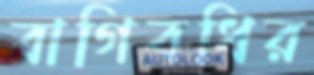
বাগিবধির